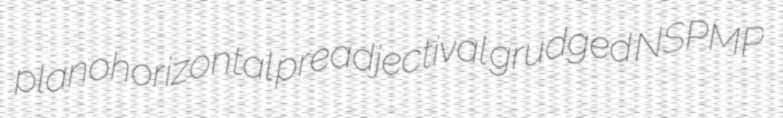
planohorizontal preadjectival grudged NSPMP